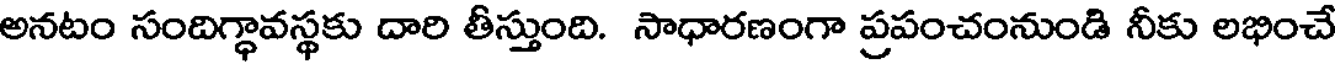
అనటం సందిగ్ధావస్థకు దారి తీస్తుంది. సాధారణంగా ప్రపంచంనుండి నీకు లభించే